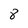
Character: 8